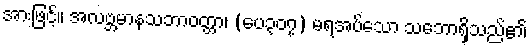
အားဖြင့်။ အလဗ္ဘမာနသဘာဝတ္တာ၊ (ပေ၃၀၇) မရအပ်သော သဘောရှိသည်၏